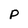
Character: p